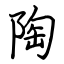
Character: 陶